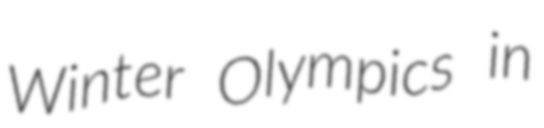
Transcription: Winter Olympics in